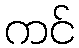
ကင်